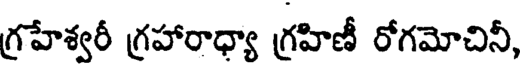
గ్రహేశ్వరీ గ్రహారాధ్యా గ్రహిణీ రోగమోచినీ,